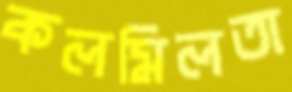
কলমিলতা